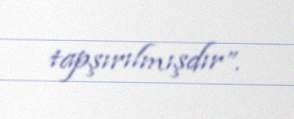
tapşırılmışdır”.